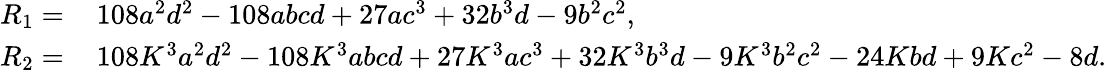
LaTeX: \begin{array}{rl}{R_{1}=\, }&{108a^{2}d^{2}-108abcd+27ac^{3}+32b^{3}d-9b^{2}c^{2},}\\ {R_{2}=\, }&{108K^{3}a^{2}d^{2}-108K^{3}abcd+27K^{3}ac^{3}+32K^{3}b^{3}d-9K^{3}b^{2}c^{2}-24Kbd+9Kc^{2}-8d.}\end{array}